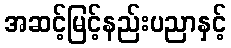
အဆင့်မြင့်နည်းပညာနှင့်